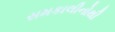
સમકાલીનોથી